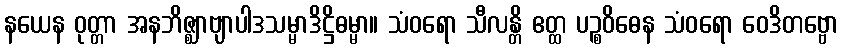
နယေန ဝုတ္တာ အနဘိဇ္ဈာဗျာပါဒသမ္မာဒိဋ္ဌိဓမ္မာ။ သံဝရော သီလန္တိ ဧတ္ထ ပဉ္စဝိဓေန သံဝရော ဝေဒိတဗ္ဗော